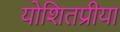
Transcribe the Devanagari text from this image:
योशितप्रीया